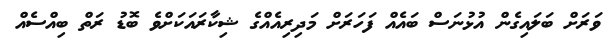
ވަރަށް ބަލައިގެން އުޅުނަސް ބައެއް ފަހަރަށް މަދިރިއެއްގެ ޝިކާރައަކަށްވެ ބޮޑު ރަތް ބިއްސެއް